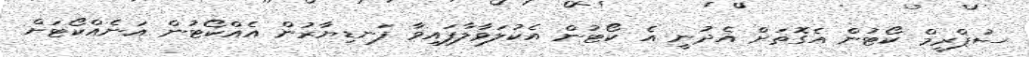
ސުޕްރީމް ކޯޓުން އެގޮތަށް އެދުނީ އެ ކޯޓުން އެކުލަވާލާފައިވާ ފަނޑިޔާރުން އެއްކޯޓުން އަނެއްކޯޓަށް